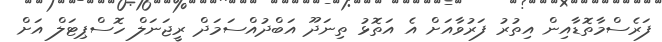
ފަރެސްމާތޮޑާއިން އިތުރު ފަރުވާއަށް އެ އަތޮޅު ތިނަދޫ އަބްދުއްސަމަދް ރީޖަނަލް ހޮސްޕިޓަލް އަށް